Indian Medical Review
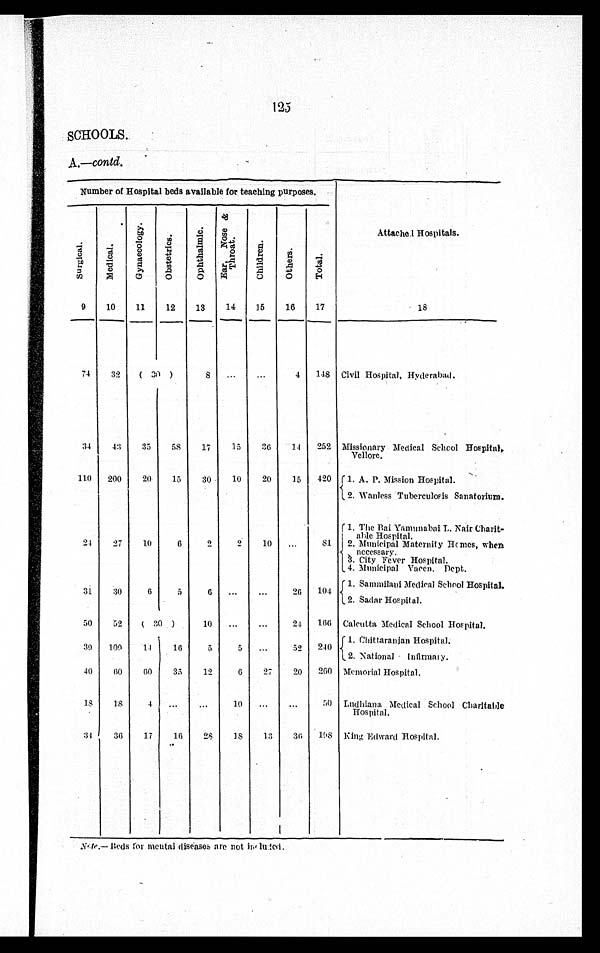
125
SCHOOLS
A.—contd.
Number of Hospital beds available for teaching purposes.
S u r g i c a l .
Me d i c a l . G y n a e c o l o g y .
Ob s t e t r i c s .
Op h t h a l mi c . E a r , N o s e & T h r o a t .
Ch i l d r e n .
Ot he r s .
Tot al .
Attached Hospitals.
9 10
11
12
13
14
15
16
17
18
74
32
( 30 )
8 ...
...
4 148 Civil Hospital, Hyderabad.
34
43 35
58
17
15
36
1 4 252 Missionary Medical School Hospital
Vellore.
110 200
20
15
30
10
20
15 420 1. A. P.Mission Hospital.
2.Wanless Tuberculosis Sanatorium.
24
27
10
6
10 ...
81
1.The Bai Yamunabai L Nair
Charit able Hospitals
_
.
2. Municipal Maternity Homes, when
necessary.
3. City Fever Hospital.
4 Municipal Vaccn. Dept.
31
30
6
5
6 ... ...
26 104 {
1. Sammilani Medical School Hospital.
2. Sadar Hospital.
50
52 ( 30 )
10 ...
...
2 4 166 Calcutta Medical School Hospital.
3 9 109
1 4 16
5
5 ...
52 240
1. Chittaranjan Hospital.
2. National Infirmary.
40
60
60
35
12
6
27
20 260 Memorial Hospital.
1 8
1 8
4 ...
...
10 ...
...
50 Ludhiana, Medical School Charitable
Hospital.
3 4 36
17
16
28
18
13
36 198 King Edward Hospital.
Note.— Beds for mental diseases are not included.